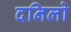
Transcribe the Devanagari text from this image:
दनिलो